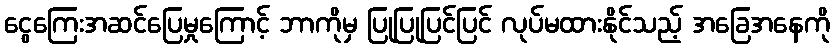
ငွေကြေးအဆင်ပြေမှုကြောင့် ဘာကိုမှ ပြုပြုပြင်ပြင် လုပ်မထားနိုင်သည့် အခြေအနေကို